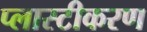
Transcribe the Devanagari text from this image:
प्लास्टीकरण